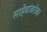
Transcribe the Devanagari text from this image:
साहेबांबरोबर